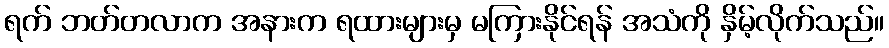
ရက် ဘတ်တလာက အနားက ရထားများမှ မကြားနိုင်ရန် အသံကို နှိမ့်လိုက်သည်။